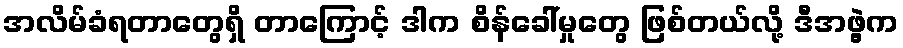
အလိမ်ခံရတာတွေရှိ တာကြောင့် ဒါက စိန်ခေါ်မှုတွေ ဖြစ်တယ်လို့ ဒီအဖွဲ့က